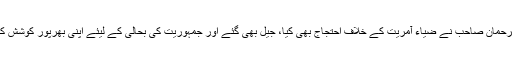
فضل الرحمان صاحب نے ضیاء آمریت کے خلاف احتجاج بھی کیا، جیل بھی گئے اور جمہوریت کی بحالی کے لیئے اپنی بھرپور کوشش کی تھی۔